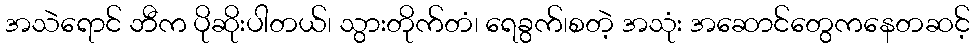
အသဲရောင် ဘီက ပိုဆိုးပါတယ်၊ သွားတိုက်တံ၊ ရေခွက်၊စတဲ့ အသုံး အဆောင်တွေကနေတဆင့်